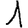
Digit: 1